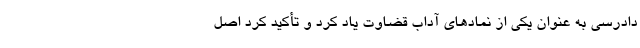
دادرسی به عنوان یکی از نمادهای آداب قضاوت یاد کرد و تأکید کرد اصل